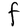
Character: F